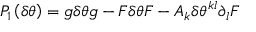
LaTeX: P _ { 1 } \left( \delta \theta \right) = g \delta \theta g - F \delta \theta F - A _ { k } \delta \theta ^ { k l } \partial _ { l } F